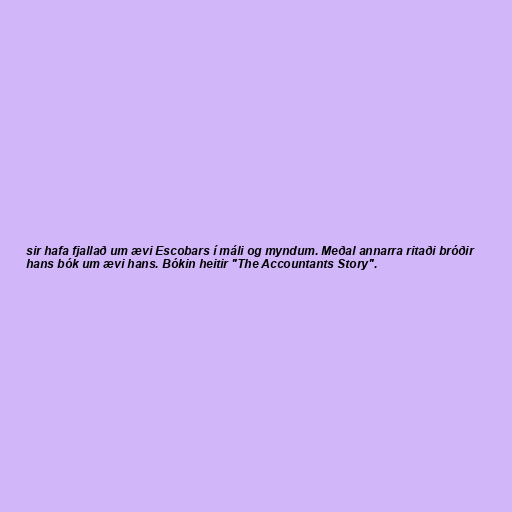
sir hafa fjallað um ævi Escobars í máli og myndum. Meðal annarra ritaði bróðir
hans bók um ævi hans. Bókin heitir "The Accountants Story".